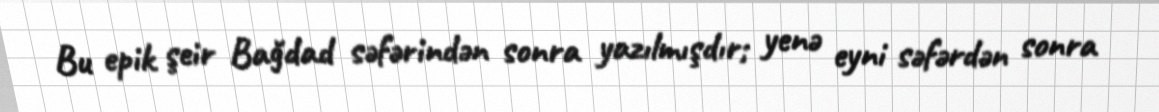
Bu epik şeir Bağdad səfərindən sonra yazılmışdır; yenə eyni səfərdən sonra